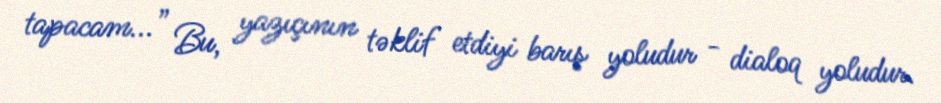
tapacam...” Bu, yazıçının təklif etdiyi barış yoludur - dialoq yoludur.